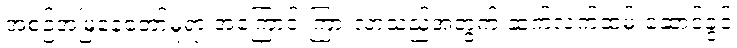
အစဉ်အမြဲနေတော်မူရာ အကြောင်းကြားလာသည့်အတွက် ဆက်လက်ထမ်းဆောင်ခွင့်